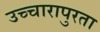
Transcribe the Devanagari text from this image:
उच्चारापुरता